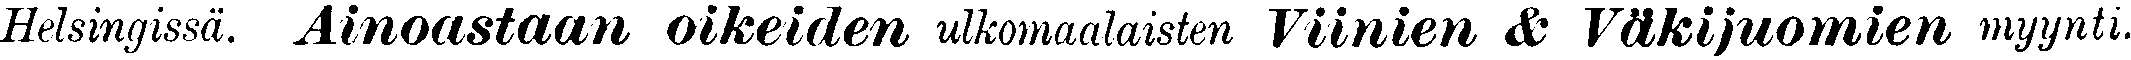
Helsingissä. Ainoastaan oikeiden ulkomaalaisten Viinien & Väkijuomien myynti.